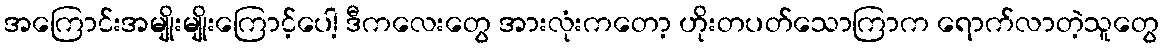
အကြောင်းအမျိုးမျိုးကြောင့်ပေါ့ ဒီကလေးတွေ အားလုံးကတော့ ဟိုးတပတ်သောကြာက ရောက်လာတဲ့သူတွေ